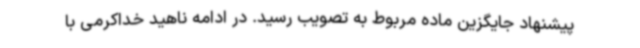
پیشنهاد جایگزین ماده مربوط به تصویب رسید. در ادامه ناهید خداکرمی با